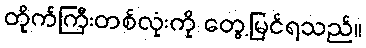
တိုက်ကြီးတစ်လုံးကို တွေ့မြင်ရသည်။